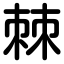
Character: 棘